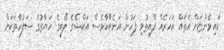
ކައިވެންޏަށް އެތައް އަހަރެއް ފާއިތުވި ފަހުން އަނެއްކާވެސް އަކްޝޭގެ ލޯބީގެ ހަޔާތުގެ ސަފުހާތަކަށް